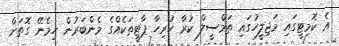
އެ ކޮމިޓީގައި މަޖިލީހުގައި ތަމްސީލް ކުރާ ހުރިހާ ޕާޓީތަކެއްގެ މެންބަރުން ހިމެނޭ ގޮތަށް